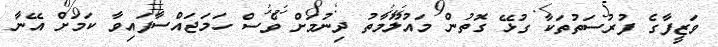
ވަޒީފާގެ ފުރުސަތުތަކާ ގުޅޭ ގޮތުން މައުލޫމާތު ދިނުމަށް ވެސް ހަމަޖައްސާފައިވާ ކަމަށް އޭނާ